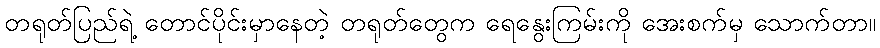
တရုတ်ပြည်ရဲ့ တောင်ပိုင်းမှာနေတဲ့ တရုတ်တွေက ရေနွေးကြမ်းကို အေးစက်မှ သောက်တာ။